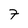
Character: 7